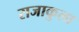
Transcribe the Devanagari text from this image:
राजाकुला